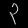
Digit: ၃